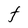
Character: F